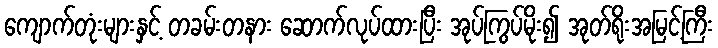
ကျောက်တုံးများနှင့် တခမ်းတနား ဆောက်လုပ်ထားပြီး အုပ်ကြွပ်မိုး၍ အုတ်ရိုးအမြင့်ကြီး